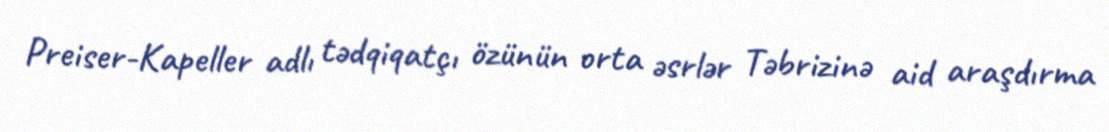
Preiser-Kapeller adlı tədqiqatçı özünün orta əsrlər Təbrizinə aid araşdırma